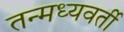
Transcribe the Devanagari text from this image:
तन्मध्यवर्ती